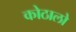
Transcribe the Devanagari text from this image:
कोठालो